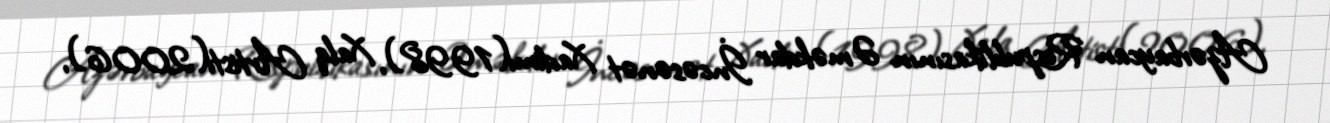
Azərbaycan Respublikasının Əməkdar İncəsənət Xadimi(1998), Xalq Artisti(2006),